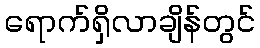
ရောက်ရှိလာချိန်တွင်